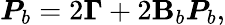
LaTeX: \boldsymbol{P}_{b}=2\boldsymbol{\Gamma}+2\mathbf{B}_{b}\boldsymbol{P}_{b},